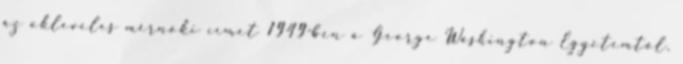
az okleveles mérnöki címet 1949-ben a George Washington Egyetemtől.